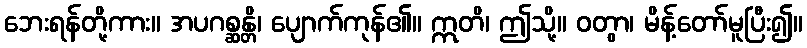
ဘေးရန်တို့ကား။ အပဂစ္ဆန္တိ၊ ပျောက်ကုန်၏။ ဣတိ၊ ဤသို့။ ဝတွာ၊ မိန့်တော်မူပြီး၍။